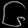
Digit: ၆